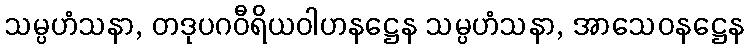
သမ္ပဟံသနာ, တဒုပဂဝီရိယဝါဟနဋ္ဌေန သမ္ပဟံသနာ, အာသေဝနဋ္ဌေန